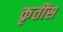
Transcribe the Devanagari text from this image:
कृतींस